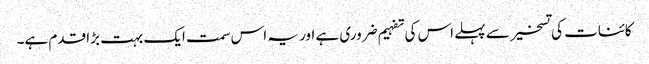
کائنات کی تسخیر سے پہلے اس کی تفہیم ضروری ہے اور یہ اس سمت ایک بہت بڑا قدم ہے۔